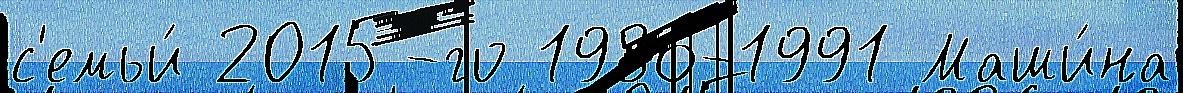
с'емьи́ 2015-го 1986-1991 Маши́на